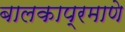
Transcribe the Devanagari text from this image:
बालकाप्रमाणे